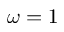
\omega = 1